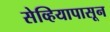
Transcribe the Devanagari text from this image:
सेव्हियापासून